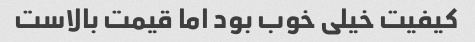
کیفیت خیلی خوب بود اما قیمت بالاست